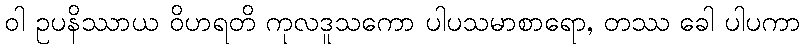
ဝါ ဥပနိဿာယ ဝိဟရတိ ကုလဒူသကော ပါပသမာစာရော, တဿ ခေါ ပါပကာ